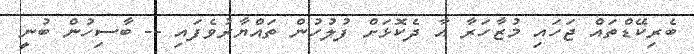
ބެރިކޭޑްތައް ޖަހައި މުޒާހަރާ އާ ދެކޮޅަށް ފުލުހުން ތައްޔާރުވެފައި -- ބާސިހުން ބުނީ